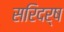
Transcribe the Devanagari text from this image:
सरिदर्ष